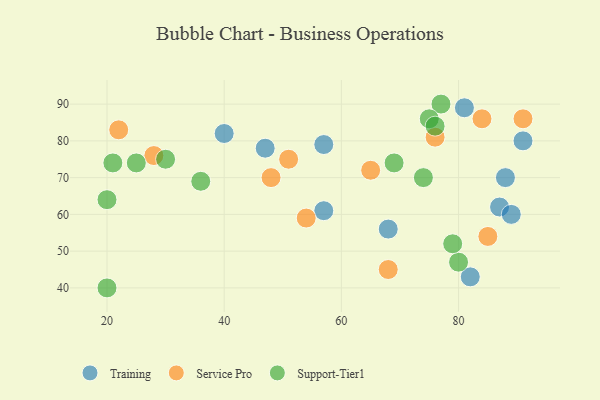
{"axis": {"x": "GDP", "y": "Life Expectancy"}, "legend": ["Service Pro", "Support-Tier1", "Training"], "data": [{"x": "88", "y": 70, "type": "Training"}, {"x": "57", "y": 79, "type": "Training"}, {"x": "40", "y": 82, "type": "Training"}, {"x": "87", "y": 62, "type": "Training"}, {"x": "57", "y": 61, "type": "Training"}, {"x": "82", "y": 43, "type": "Training"}, {"x": "68", "y": 56, "type": "Training"}, {"x": "47", "y": 78, "type": "Training"}, {"x": "81", "y": 89, "type": "Training"}, {"x": "91", "y": 80, "type": "Training"}, {"x": "89", "y": 60, "type": "Training"}, {"x": "54", "y": 59, "type": "Service Pro"}, {"x": "68", "y": 45, "type": "Service Pro"}, {"x": "65", "y": 72, "type": "Service Pro"}, {"x": "28", "y": 76, "type": "Service Pro"}, {"x": "51", "y": 75, "type": "Service Pro"}, {"x": "76", "y": 81, "type": "Service Pro"}, {"x": "84", "y": 86, "type": "Service Pro"}, {"x": "91", "y": 86, "type": "Service Pro"}, {"x": "48", "y": 70, "type": "Service Pro"}, {"x": "85", "y": 54, "type": "Service Pro"}, {"x": "22", "y": 83, "type": "Service Pro"}, {"x": "80", "y": 47, "type": "Support-Tier1"}, {"x": "20", "y": 64, "type": "Support-Tier1"}, {"x": "77", "y": 90, "type": "Support-Tier1"}, {"x": "25", "y": 74, "type": "Support-Tier1"}, {"x": "30", "y": 75, "type": "Support-Tier1"}, {"x": "75", "y": 86, "type": "Support-Tier1"}, {"x": "20", "y": 40, "type": "Support-Tier1"}, {"x": "21", "y": 74, "type": "Support-Tier1"}, {"x": "74", "y": 70, "type": "Support-Tier1"}, {"x": "79", "y": 52, "type": "Support-Tier1"}, {"x": "69", "y": 74, "type": "Support-Tier1"}, {"x": "36", "y": 69, "type": "Support-Tier1"}, {"x": "76", "y": 84, "type": "Support-Tier1"}]}